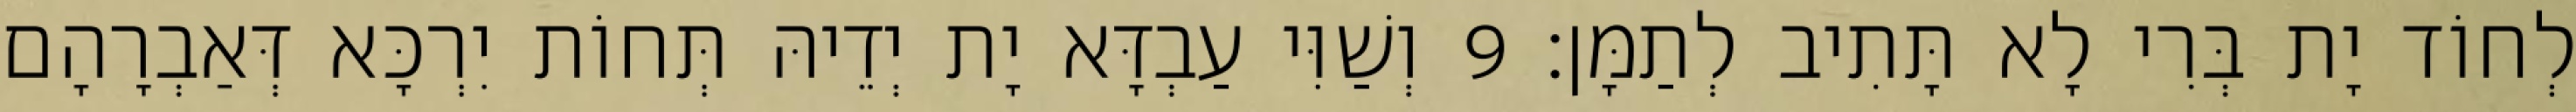
לְחוֹד יָת בְּרִי לָא תָּתִיב לְתַמָּן׃ 9 וְשַׁוִּי עַבְדָּא יָת יְדֵיהּ תְּחוֹת יִרְכָּא דְּאַבְרָהָם